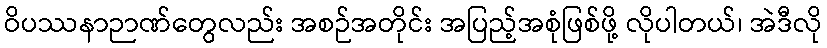
ဝိပဿနာဉာဏ်တွေလည်း အစဉ်အတိုင်း အပြည့်အစုံဖြစ်ဖို့ လိုပါတယ်၊ အဲဒီလို